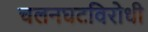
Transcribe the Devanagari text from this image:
चलनघटविरोधी